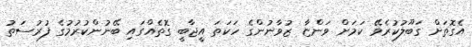
އެގޮތަށް ގަބޫލުކުރެވޭ ކަމަށް ވަންޏާ ޒުވާނުންގެ ހަކަތަ އީޖާބީ ގޮތެއްގައި ބޭނުންކުރުމުގެ ފުރުސަތު